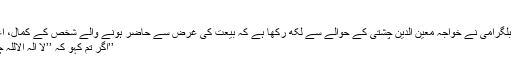
‘‘ (منازل الابرار: ص106)
صوفی بزرگ “زبدۃ العارفین” میرعبدالواحد بلگرامی نے خواجہ معین الدین چشتی کے حوالے سے لکھ رکھا ہے کہ بیعت کی غرض سے حاضر ہونے والے شخص کے کمال، اعتقاد اور صدق کو آزمانے کے لیے کہا گیا:
’’اگر تم کہو کہ ’’لا الہ الاللہ چشتی رسول اللہ‘‘ تو مَیں تمہیں مرید کر لوں۔